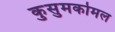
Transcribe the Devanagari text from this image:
कुसुमकोमल